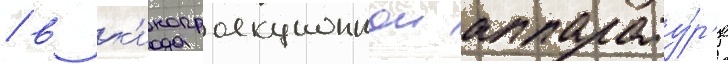
/ в к'инопроекционнои аппарату́р'е